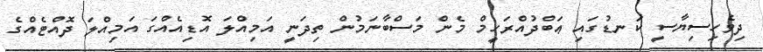
ދިވެހިސިޔާސީ ކަނޑުގައި ޢަބްދުއްރަހީމް މެން މަސްބާނަމުން ތިދަނީ އަމިއްލަ އޮޑިއެއްގަ އަމިއްލަ ދޮއްޓެއްގެ